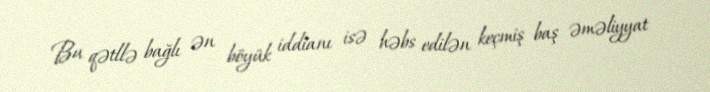
Bu qətllə bağlı ən böyük iddianı isə həbs edilən keçmiş baş əməliyyat